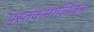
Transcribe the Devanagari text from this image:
पुस्तकमालिका